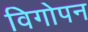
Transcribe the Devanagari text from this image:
विगोपन